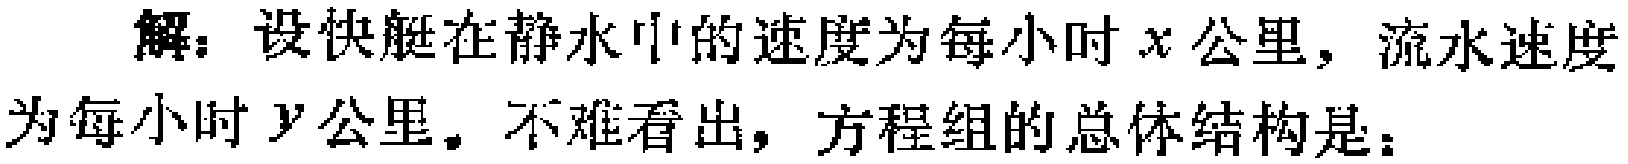
解：设快艇在静水中的速度为每小时\(x\)公里，流水速度为每小时\(y\)公里。不难看出，方程组的总体结构是：